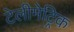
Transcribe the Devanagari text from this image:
टेलीमेट्रिक